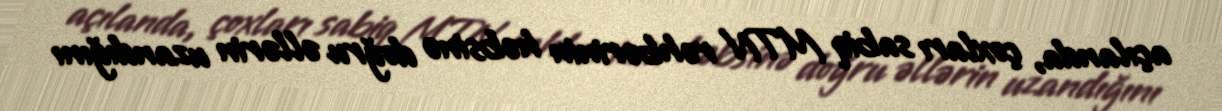
açılanda, çoxları sabiq MTN rəhbərinin həbsinə doğru əllərin uzandığını